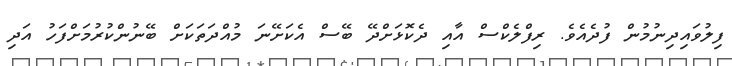
ފިލުވައިދިނުމުން ފުދެއެވެ. ރިފްލެކްސް އާއި ދެކޮޅަށްދޭ ބޭސް އެކަށޭނަ މުއްދަތަކަށް ބޭނުންކުރުމަށްފަހު އަދި